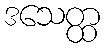
ဒသေတ္ထ